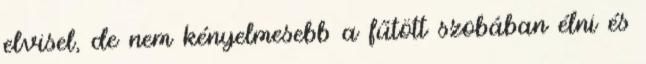
elvisel, de nem kényelmesebb a fűtött szobában élni és